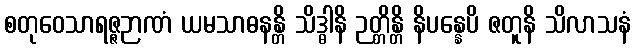
စတုဝေသာရဇ္ဇဉာဏံ ယမသာဓနန္တိ သိဒ္ဓါနိ ဉတ္တိန္တိ နိပန္နေပိ ဇတူနိ သိလာသနံ